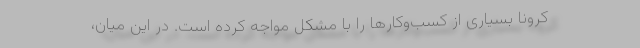
کرونا بسیاری از کسب‌وکارها را با مشکل مواجه کرده است. در این میان،